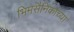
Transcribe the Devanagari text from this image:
भिमसैनिकांच्या